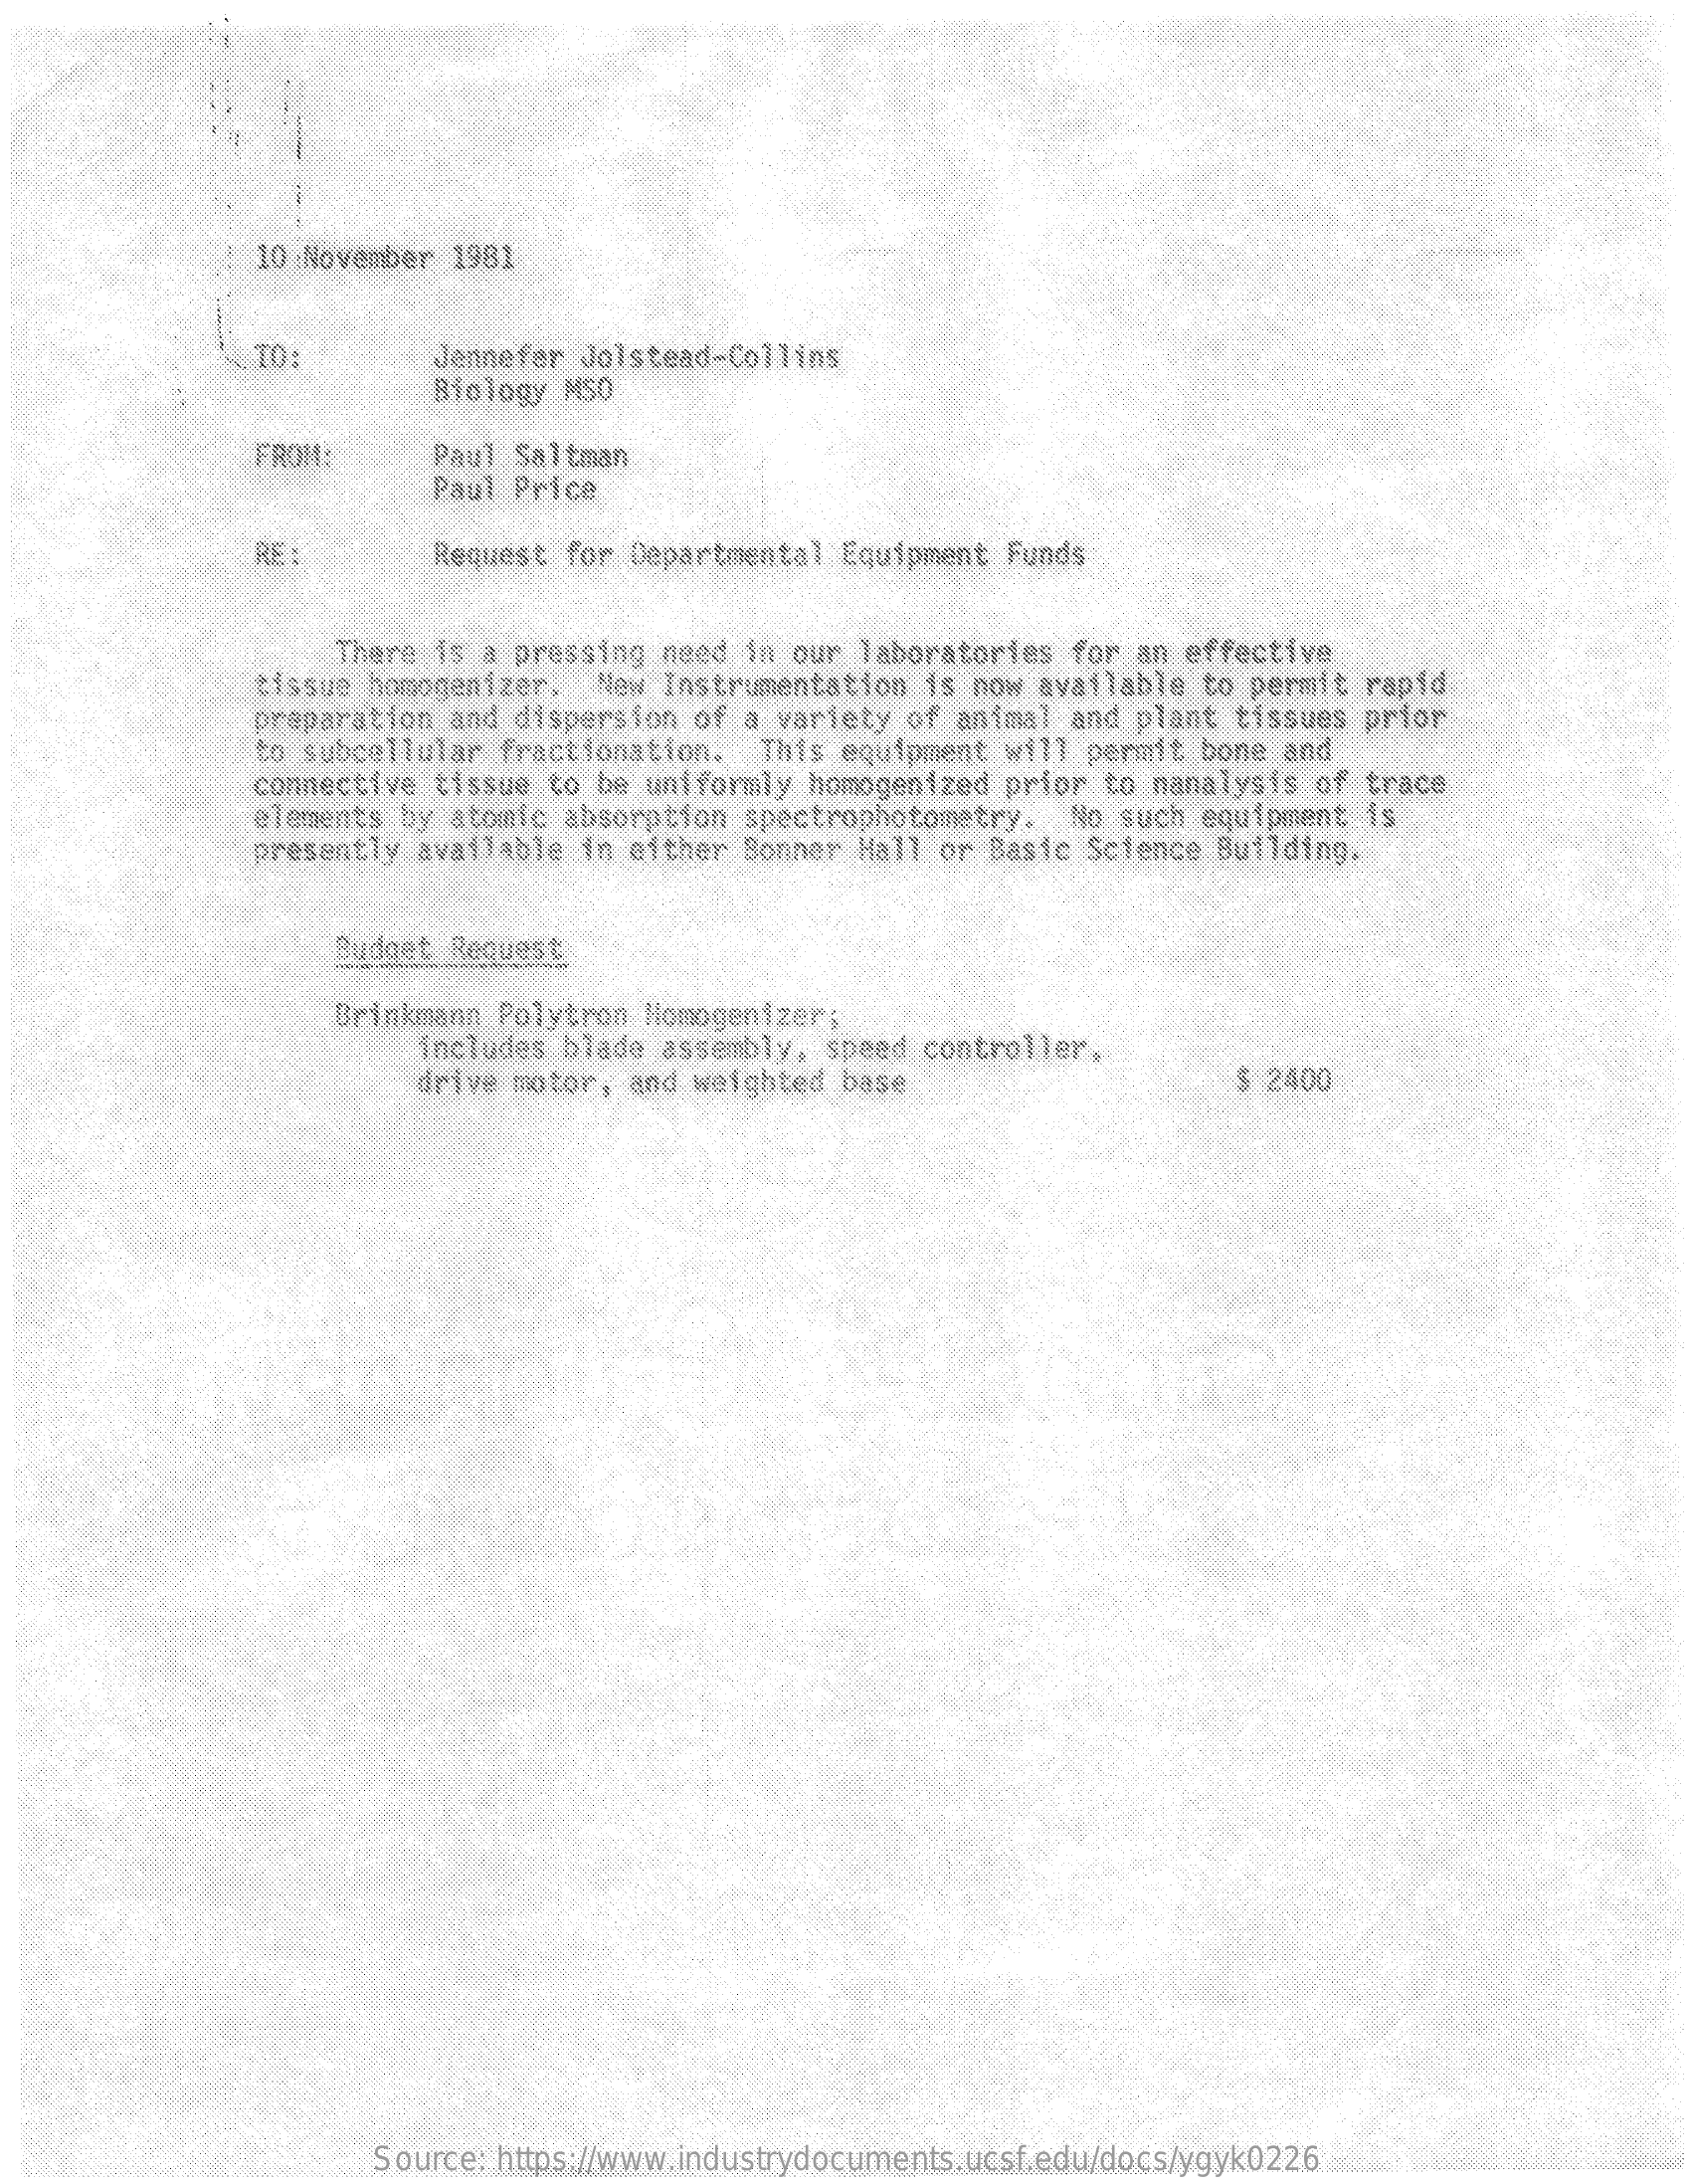
10 .November 1981
     TO:    Jennefer Jolstead-Collins
     Biology MSO
     FROM:    Paul Saltman
     Paul Price
     RE:    Request for Departmental Equipment Funds
     There is a pressing need in our laboratories for an effective
     tissue homogenizer. New Instrumentation is now available to permit rapid
     preparation and dispersion of a variety of animal and plant tissues prior
     to subcellular fractionation. This equipment will permit bone and
     connective tissue to be uniformly homogenized prior to nanalysis of trace
     elements by atomic absorption spectrophotometry. No such equipment is
     presently available in either Bonner Hall or Basic Science Building.
     Budget Request
     Brinkmann Polytron Homogenizer:
     includes blade assembly, speed controller.
     drive motor, and weighted base    $ 2400
     Source: https://www.industrydocuments.ucsf.edu/docs/ygyk0226